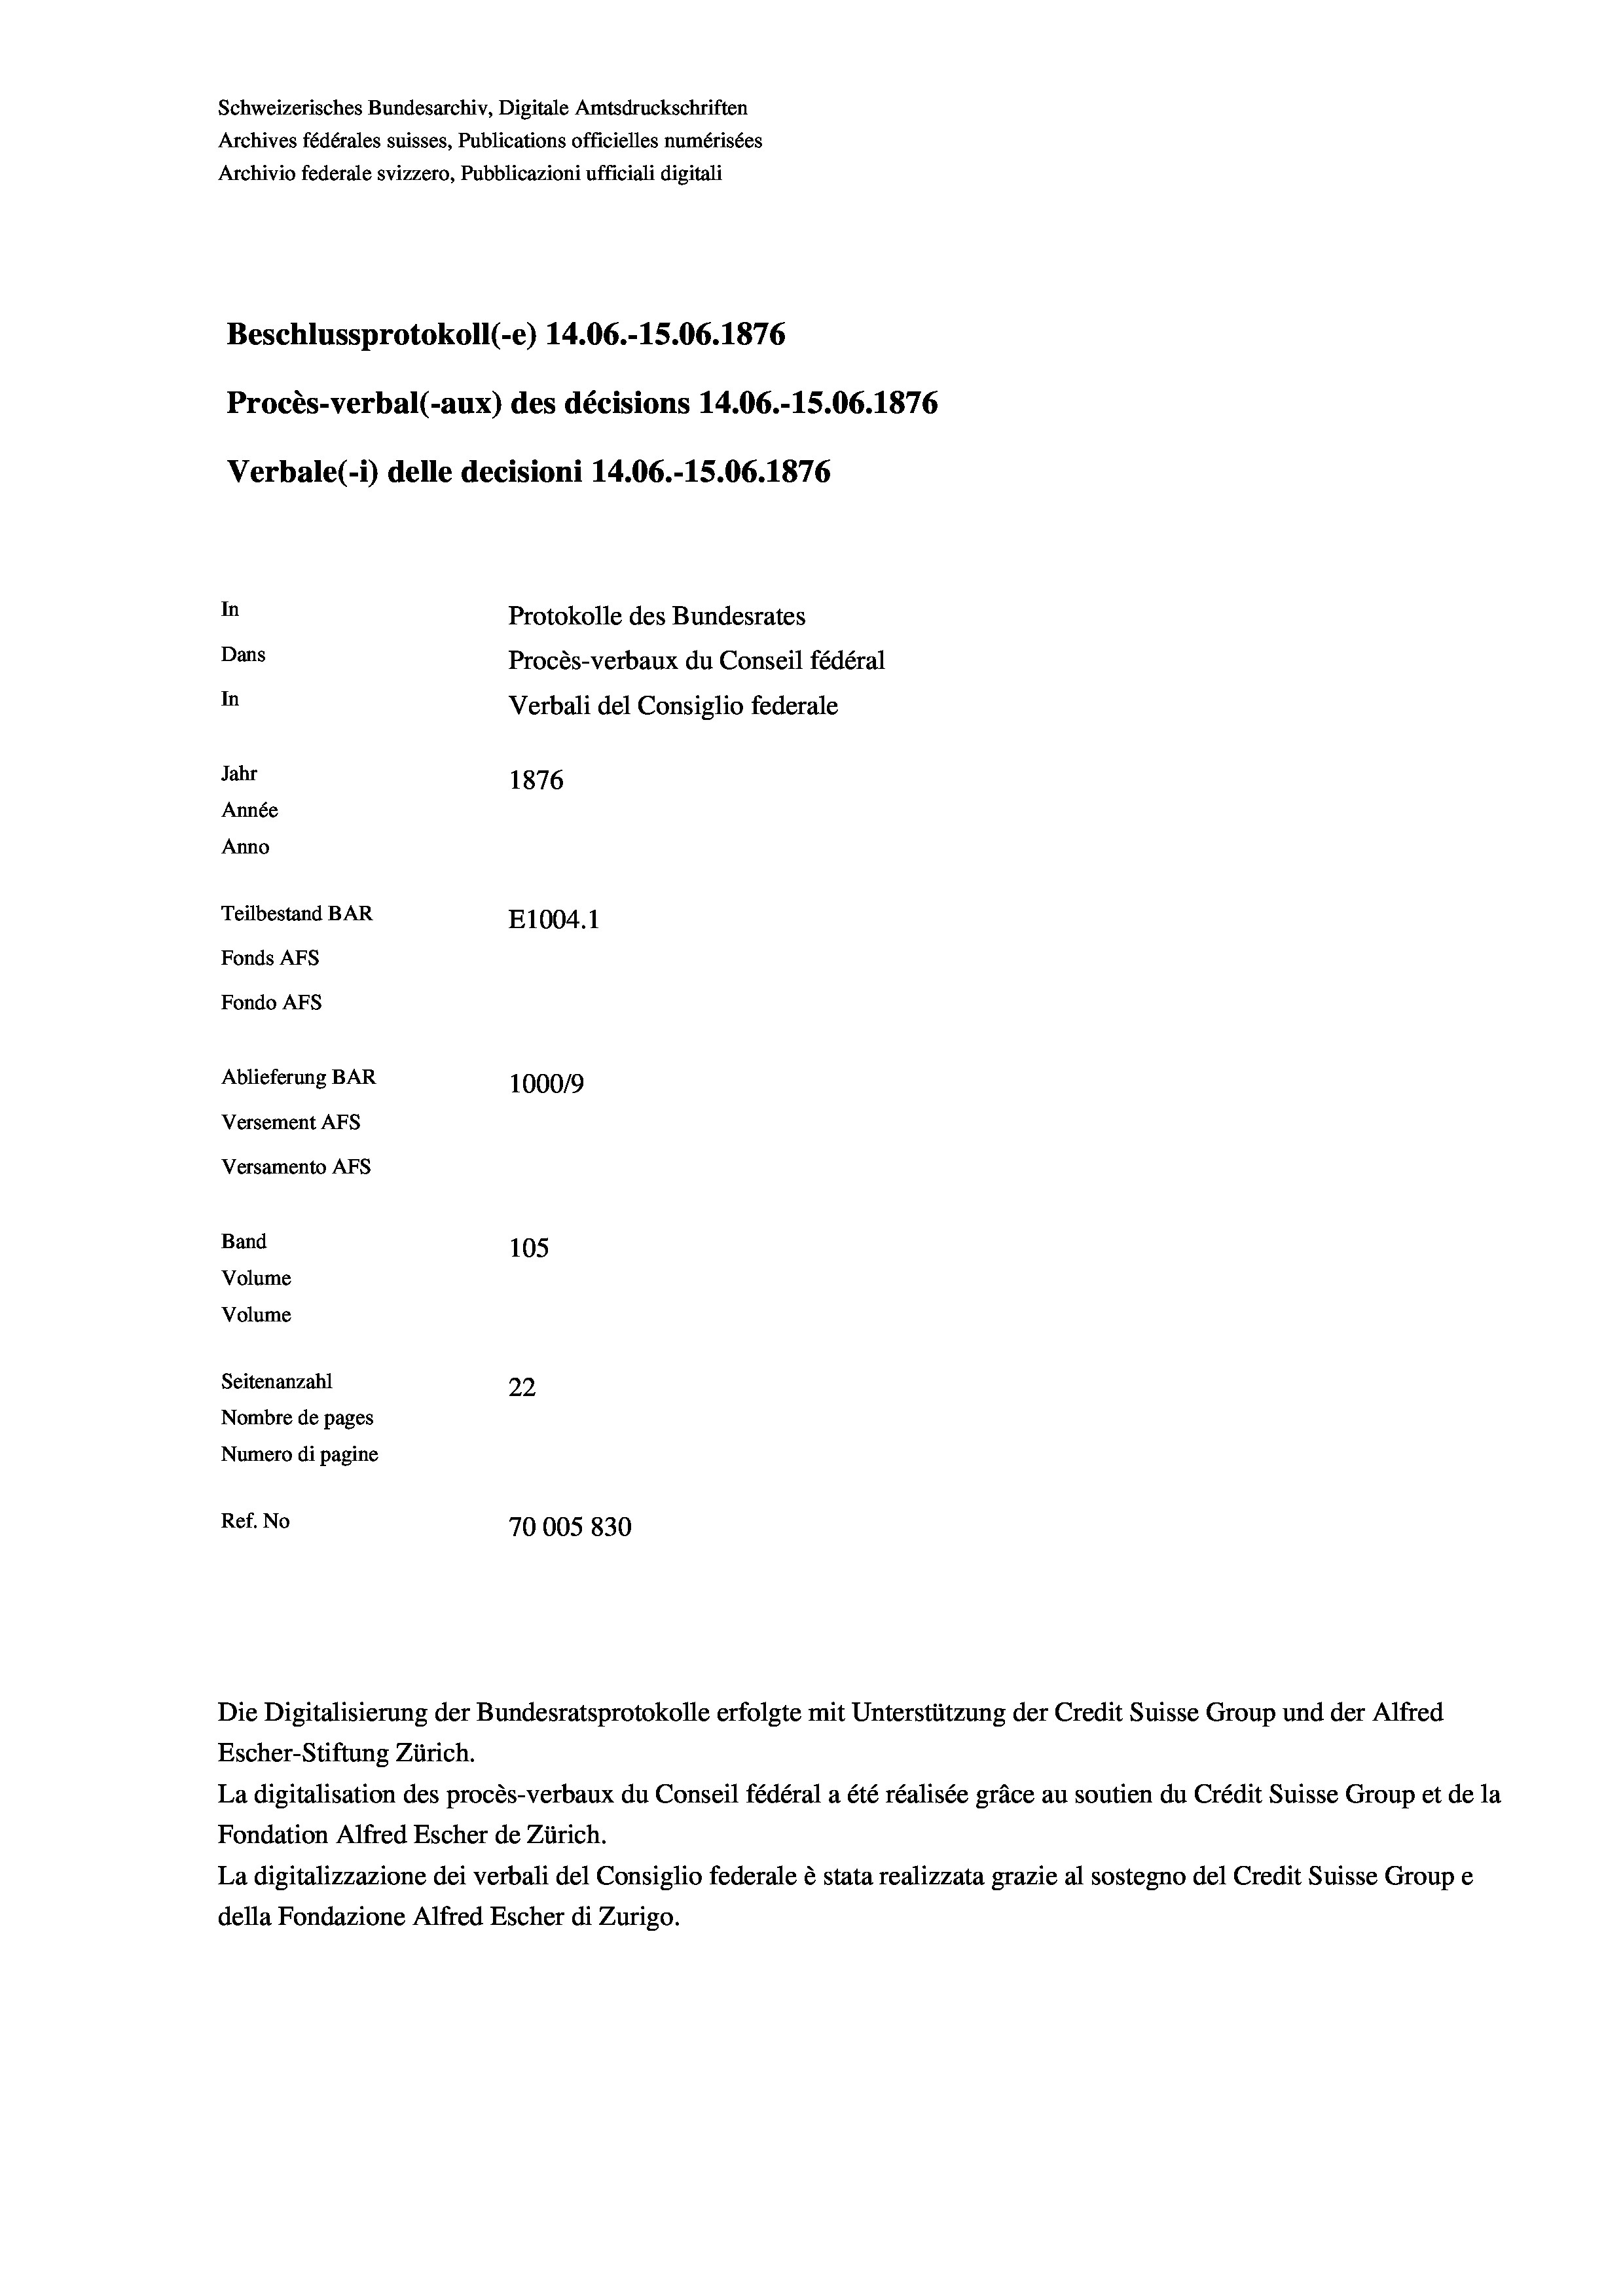
Schweizerisches Bundesarchiv, Digitale Amtsdruckschriften
Archives fédérales suisses, Publications officielles numérisées
Archivio federale svizzero, Pubblicazioni ufficiali digitali
Beschlussprotokoll (-e) 14.06.-15.06. 1876
Procès-verbal (-aux) des décisions 14.06.-15.06. 1876
Verbale(-*) delle decisioni 14.06.-15.06. 1876
In
Protokolle des Bundesrates
Dans
Procès-verbaux du Conseil fédéral
In
Verbali del Consiglio federale
Jahr
1876
Année
Anno
Teilbestand BAR
E1004.1
Fonds AFs
Fondo Afs
Ablieferung BAR
100019
Versement AFs
Versamento Afs
Band
105
Volume
Volume

Escher-Stiftung Zürich.
La digitalisation des procès-verbaux du Conseil fédéral a été réalisée gräce au soutien du Crédit Suisse Group et de la
Fondation Alfred Escher de Zürich.
La digitalizzazione dei verbali del Consiglio federale è stata realizzata grazie al sostegno del Credit Suisse Groupe
della Fondazione Alfred Escher di Zurigo.

Seitenanzahl
22
Nombre de pages
Numero di pagine
Ref. No
70005830

Die Digitalisierung der Bundesratsprotokolle erfolgte mit Unterstützung der Credit Suisse Group und der Alfred